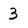
Character: 3